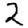
Digit: 2